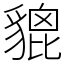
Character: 貔